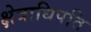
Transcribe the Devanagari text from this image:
क्षेत्राधिपति